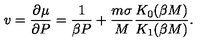
v = \frac { \partial \mu } { \partial P } = \frac { 1 } { \beta P } + \frac { m \sigma } { M } \frac { K _ { 0 } ( \beta M ) } { K _ { 1 } ( \beta M ) } .